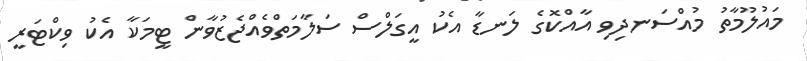
މައުލޫމާތު މުއްސަނދިވި އާއްކޮގެ ލަނޑާ އެކު އީގަލްސް ސަލާމަތްވެއްޖެޒުވާން ޓީމަކާ އެކު ވިކްޓަރީ